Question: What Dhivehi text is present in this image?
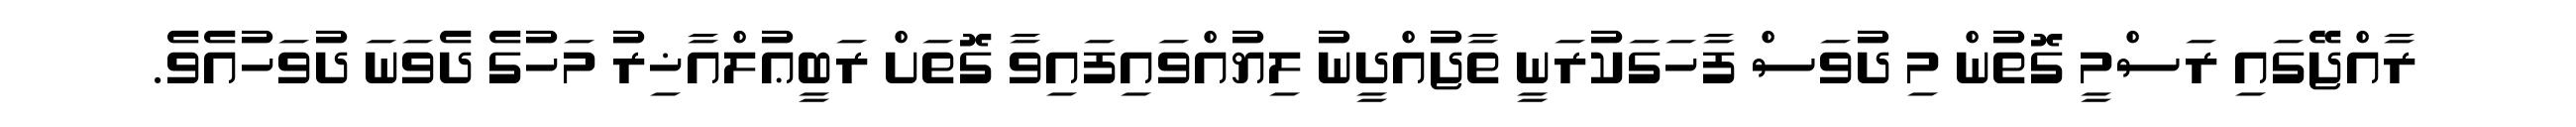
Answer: ރާއްޖޭގައި ރަސްމީ ގޮތުން މި ދުވަސް ފާހަގަކުރަނީ ތާޖުއްދީނު ލިޔުއްވައިފައިވާ ގޮތަށް ރަބީޢުލްއާޚިރު މަހުގެ ދެވަނަ ދުވަހުއެވެ.